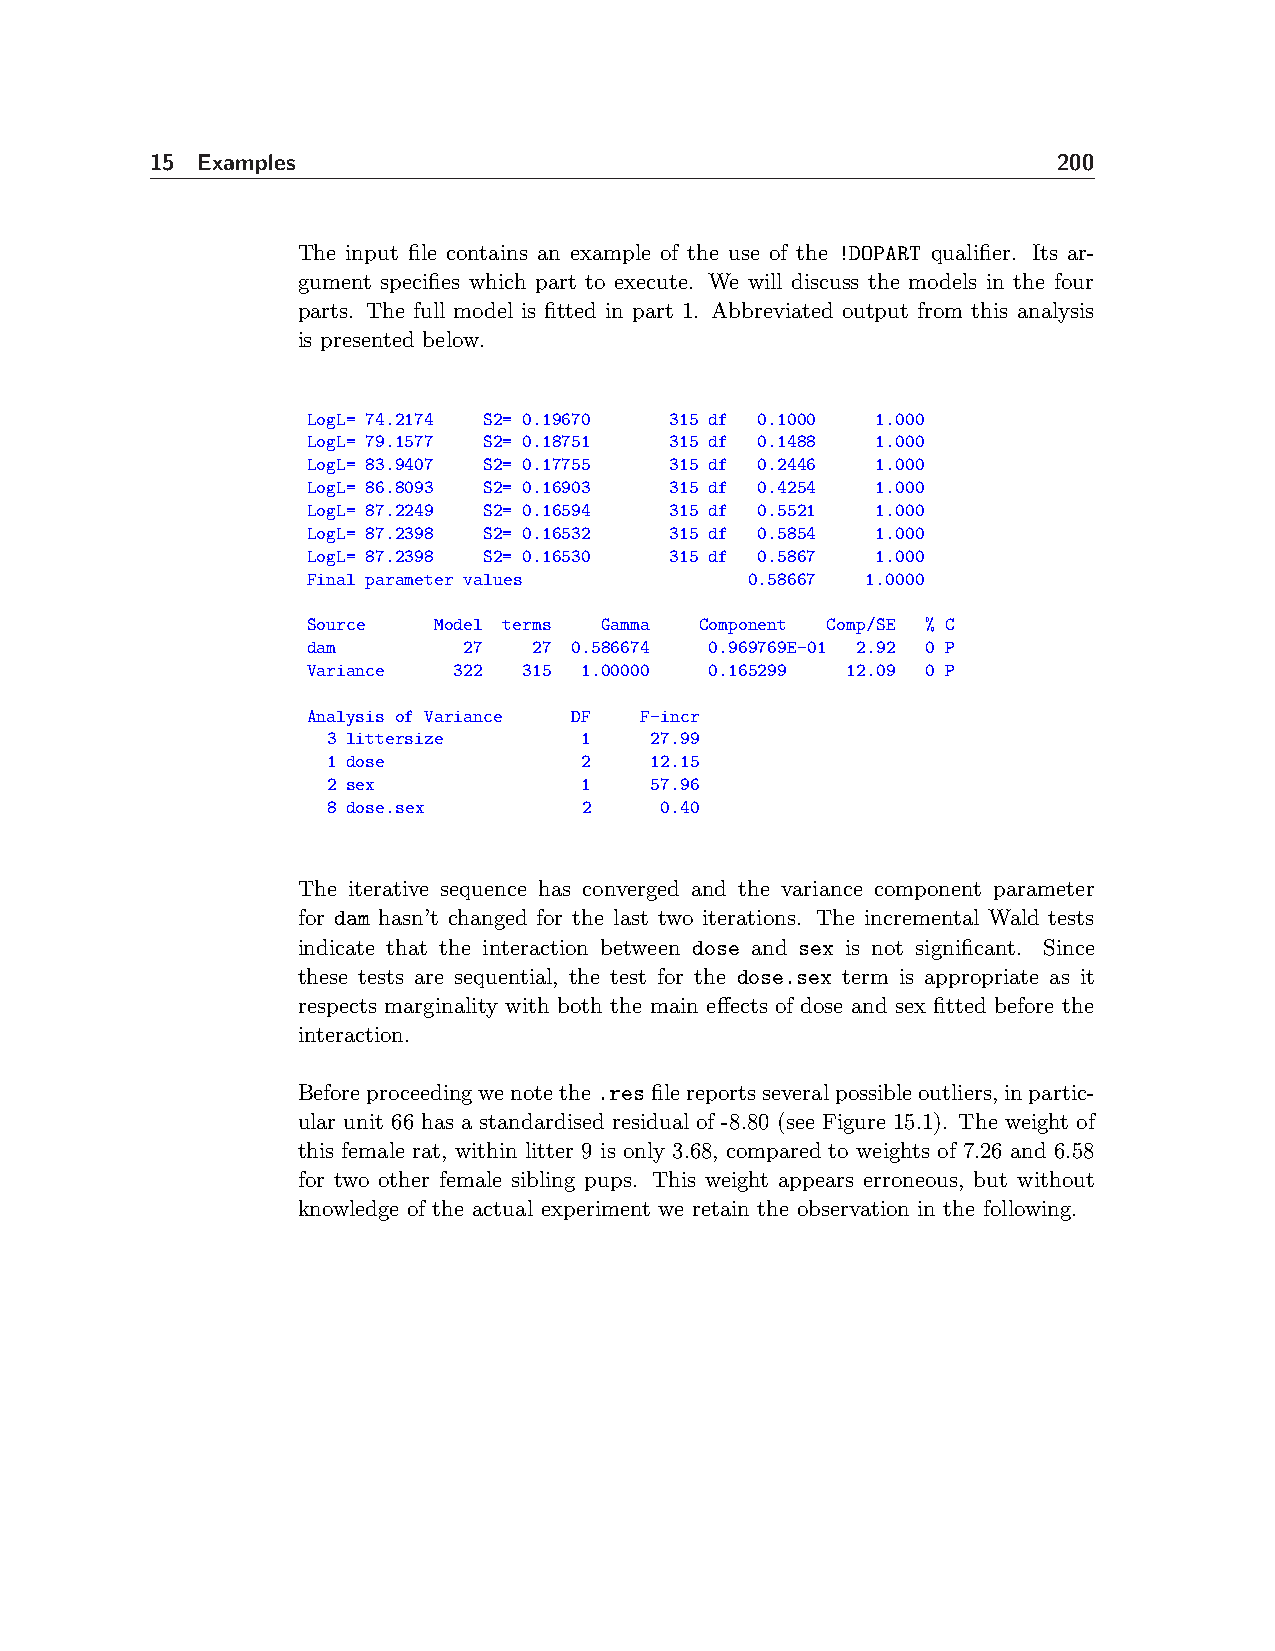
15 Examples                                                 200
 The input file contains an example of the use of the !DOPART qualifier. Its ar-
 gument specifies which part to execute. We will discuss the models in the four
 parts. The full model is fitted in part 1. Abbreviated output from this analysis
 is presented below.
 LogL= 74.2174 S2= 0.19670 315 df 0.1000 1.000
 LogL= 79.1577 S2= 0.18751 315 df 0.1488 1.000
 LogL= 83.9407 S2= 0.17755 315 df 0.2446 1.000
 LogL= 86.8093 S2= 0.16903 315 df 0.4254 1.000
 LogL= 87.2249 S2= 0.16594 315 df 0.5521 1.000
 LogL= 87.2398 S2= 0.16532 315 df 0.5854 1.000
 LogL= 87.2398 S2= 0.16530 315 df 0.5867 1.000
 Final parameter values        0.58667 1.0000
 Source   Model terms Gamma Component Comp/SE % C
 dam        27  27 0.586674 0.969769E-01 2.92 0 P
 Variance  322  315 1.00000 0.165299 12.09 0 P
 Analysis of Variance DF F-incr
 3 littersize     1   27.99
 1 dose           2   12.15
 2 sex            1   57.96
 8 dose.sex       2    0.40
 The iterative sequence has converged and the variance component parameter
 for dam hasn’t changed for the last two iterations. The incremental Wald tests
 indicate that the interaction between dose and sex is not significant. Since
 these tests are sequential, the test for the dose.sex term is appropriate as it
 respects marginality with both the main effects of dose and sex fitted before the
 interaction.
 Beforeproceedingwenotethe.resfilereportsseveralpossibleoutliers,inpartic-
 ular unit 66 has a standardised residual of -8.80 (see Figure 15.1). The weight of
 this female rat, within litter 9 is only 3.68, compared to weights of 7.26 and 6.58
 for two other female sibling pups. This weight appears erroneous, but without
 knowledge of the actual experiment we retain the observation in the following.